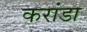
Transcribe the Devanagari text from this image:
करांडा